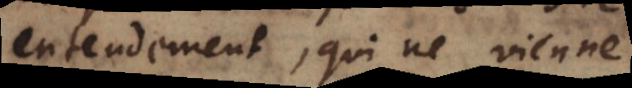
entendement, qui ne vienne